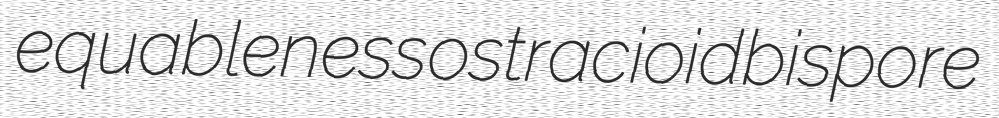
equableness ostracioid bispore